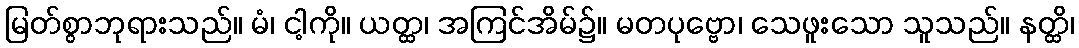
မြတ်စွာဘုရားသည်။ မံ၊ ငါ့ကို။ ယတ္ထ၊ အကြင်အိမ်၌။ မတပုဗ္ဗော၊ သေဖူးသော သူသည်။ နတ္ထိ၊